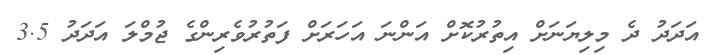
އަދަދު ދެ މިލިޔަނަށް އިތުރުކޮށް އަންނަ އަހަރަށް ފަތުރުވެރިންގެ ޖުމްލަ އަދަދު 3.5